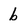
Character: b